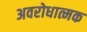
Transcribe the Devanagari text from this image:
अवरोधात्मक